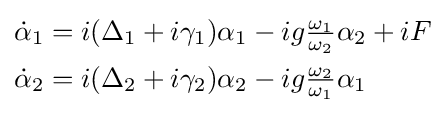
{\begin{aligned}{\dot {\alpha }}_{1}&=i(\Delta _{1}+i\gamma _{1})\alpha _{1}-ig{\tfrac {\omega _{1}}{\omega _{2}}}\alpha _{2}+iF\\{\dot {\alpha }}_{2}&=i(\Delta _{2}+i\gamma _{2})\alpha _{2}-ig{\tfrac {\omega _{2}}{\omega _{1}}}\alpha _{1}\end{aligned}}